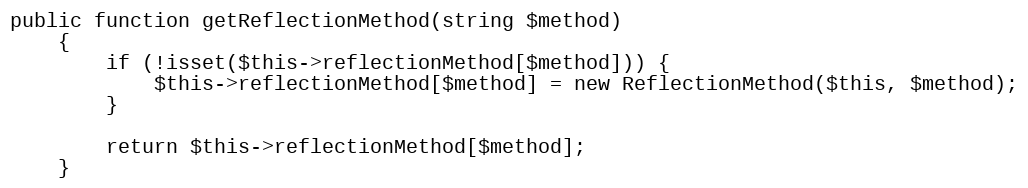
Language: PHP
public function getReflectionMethod(string $method)
    {
        if (!isset($this->reflectionMethod[$method])) {
            $this->reflectionMethod[$method] = new ReflectionMethod($this, $method);
        }

        return $this->reflectionMethod[$method];
    }